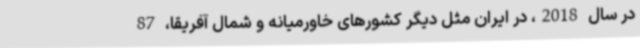
در سال 2018، در ایران مثل دیگر کشورهای خاورمیانه و شمال آفریقا، 87